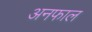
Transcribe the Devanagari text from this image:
अनफाल